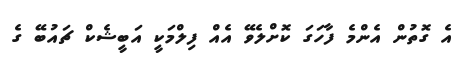
އެ ގޮތުން އެންމެ ފާހަގަ ކޮށްލެވޭ އެއް ފިލްމަކީ އަބީޝެކް ޗައުބޭ ގެ